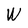
Character: W